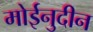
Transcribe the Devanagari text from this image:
मोईनुदीन